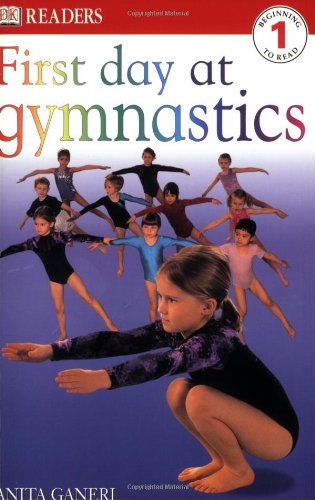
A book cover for DK Readers: First Day at Gymnastics (Level 1: Beginning to Read); Anita Ganeri; Sports & Outdoors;